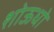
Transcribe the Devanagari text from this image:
शोऊधो